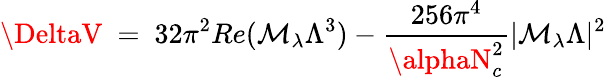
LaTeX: \DeltaV~=~32\pi^{2}Re(\mathcal{M}_{\lambda}\Lambda^{3})-{\frac{{256\pi^{4}}}{{\alphaN_{c}^{2}}}}|\mathcal{M}_{\lambda}\Lambda|^{2}